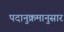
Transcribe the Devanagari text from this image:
पदानुक्रमानुसार